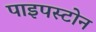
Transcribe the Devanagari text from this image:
पाइपस्टोन